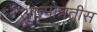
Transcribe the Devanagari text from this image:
आत्मोन्नतीस